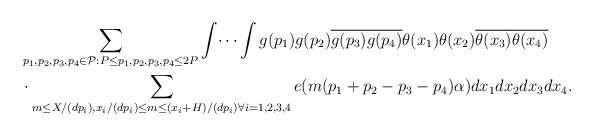
\begin{align*}&\sum_{p_1,p_2,p_3,p_4 \in {\mathcal P}: P \leq p_1,p_2,p_3,p_4 \leq 2P} \int \dotsi \int g(p_1) g(p_2) \overline{g(p_3)} \overline{g(p_4)} \theta(x_1) \theta(x_2) \overline{\theta(x_3)} \overline{\theta(x_4)} \\&\cdot \sum_{m \leq X/(dp_i), x_i/(dp_i) \leq m \leq (x_i+H)/(dp_i) \forall i=1,2,3,4} e(m(p_1+p_2-p_3-p_4) \alpha) dx_1 dx_2 dx_3 dx_4.\end{align*}